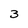
Character: 3